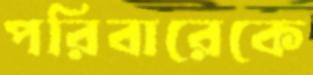
পরিবারেকে